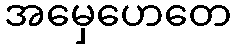
အမှေဟေတေ